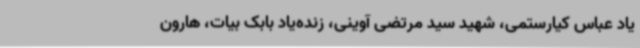
یاد عباس کیارستمی‌،‌ شهید سید مرتضی آوینی‌، زنده‌یاد بابک بیات‌، هارون